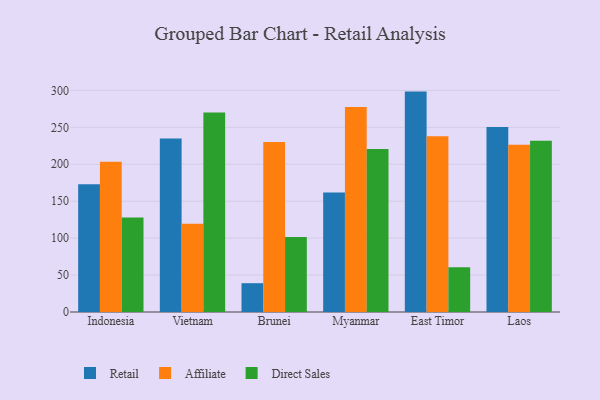
{"axis": {"x": "Country", "y": "Operating Costs (USD K)"}, "legend": ["Affiliate", "Direct Sales", "Retail"], "data": [{"x": "Indonesia", "y": 172.9, "type": "Retail"}, {"x": "Indonesia", "y": 203.5, "type": "Affiliate"}, {"x": "Indonesia", "y": 127.9, "type": "Direct Sales"}, {"x": "Vietnam", "y": 234.9, "type": "Retail"}, {"x": "Vietnam", "y": 119.5, "type": "Affiliate"}, {"x": "Vietnam", "y": 270.2, "type": "Direct Sales"}, {"x": "Brunei", "y": 39.0, "type": "Retail"}, {"x": "Brunei", "y": 230.3, "type": "Affiliate"}, {"x": "Brunei", "y": 101.5, "type": "Direct Sales"}, {"x": "Myanmar", "y": 161.9, "type": "Retail"}, {"x": "Myanmar", "y": 277.5, "type": "Affiliate"}, {"x": "Myanmar", "y": 220.8, "type": "Direct Sales"}, {"x": "East Timor", "y": 298.4, "type": "Retail"}, {"x": "East Timor", "y": 238.1, "type": "Affiliate"}, {"x": "East Timor", "y": 60.7, "type": "Direct Sales"}, {"x": "Laos", "y": 250.6, "type": "Retail"}, {"x": "Laos", "y": 226.6, "type": "Affiliate"}, {"x": "Laos", "y": 231.7, "type": "Direct Sales"}]}